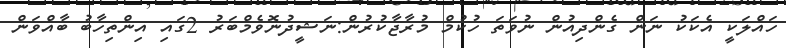
ހައްލަކީ އެކަކު ނަން ގެންދިއުން ނުވަތަ ހުކުމް މުރާޖާކުރުން:ނަޝީދުނޮވެމްބަރު 2ގައި އިންތިހާބު ބާއްވަން